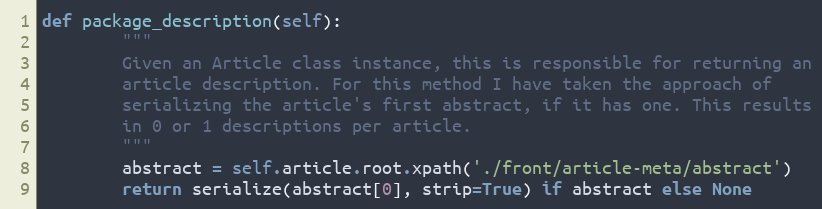
Language: Python
def package_description(self):
        """
        Given an Article class instance, this is responsible for returning an
        article description. For this method I have taken the approach of
        serializing the article's first abstract, if it has one. This results
        in 0 or 1 descriptions per article.
        """
        abstract = self.article.root.xpath('./front/article-meta/abstract')
        return serialize(abstract[0], strip=True) if abstract else None